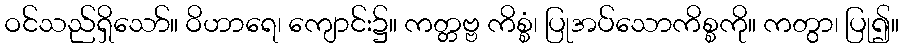
ဝင်သည်ရှိသော်။ ဝိဟာရေ၊ ကျောင်း၌။ ကတ္တဗ္ဗ ကိစ္စံ၊ ပြုအပ်သောကိစ္စကို။ ကတွာ၊ ပြု၍။